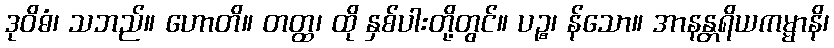
ဒုဝိဓံ၊ သဘည်။ ဟောတိ။ တတ္ထ၊ ထို နှစ်ပါးတို့တွင်။ ပဉ္စ၊ န်သော။ အာနန္တရိယကမ္မာနိ၊